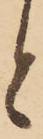
と